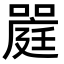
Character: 𡀈